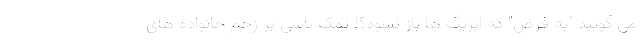
می گویید "به فرض" که ایربگ ها باز نشود؟! نمک پاشی بر زخم خانواده های